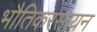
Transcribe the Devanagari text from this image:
भौतिकरसायन